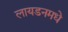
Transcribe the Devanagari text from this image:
लायडनमधे